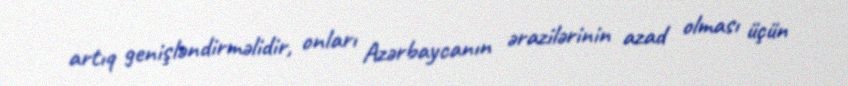
artıq genişləndirməlidir, onları Azərbaycanın ərazilərinin azad olması üçün